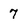
Character: 7